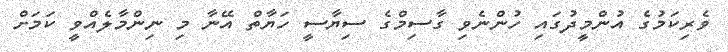
ވެރިކަމުގެ އުންމީދުގައި ހުންނެވި ގާސިމްގެ ސިޔާސީ ހަޔާތް އޭނާ މި ނިންމާލެއްވީ ކަމަށް